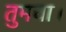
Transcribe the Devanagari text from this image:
तुमचा।